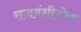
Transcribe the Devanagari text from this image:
राजवंशीयोके